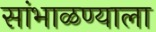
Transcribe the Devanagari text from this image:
सांभाळण्याला